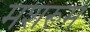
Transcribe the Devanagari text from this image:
मशरूमं